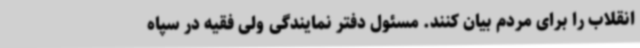
انقلاب را برای مردم بیان کنند. مسئول دفتر نمایندگی ولی فقیه در سپاه